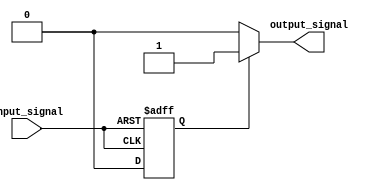
module schmitt_trigger(
    input wire input_signal,
    output reg output_signal
);

reg buffer;

always @ (posedge input_signal or negedge input_signal)
begin
    if (input_signal == 1'b1) begin
        buffer <= 1'b1;
    end else if (input_signal == 1'b0) begin
        buffer <= 1'b0;
    end
end

always @ (buffer)
begin
    if (buffer == 1'b1) begin
        output_signal <= 1'b1;
    end else begin
        output_signal <= 1'b0;
    end
end

endmodule